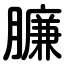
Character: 臁